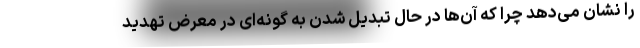
را نشان می‌دهد چرا که آن‌ها در حال تبدیل شدن به گونه‌ای در معرض تهدید